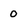
Character: 0